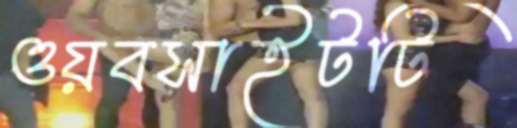
ওয়বসাইটটি